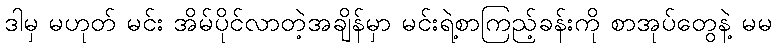
ဒါမှ မဟုတ် မင်း အိမ်ပိုင်လာတဲ့အချိန်မှာ မင်းရဲ့စာကြည့်ခန်းကို စာအုပ်တွေနဲ့ မမ